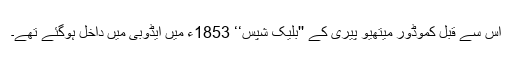
اس سے قبل کموڈور میتھیو پیری کے ''بلیک شپس‘‘ 1853ء میں ایڈوبی میں داخل ہوگئے تھے۔